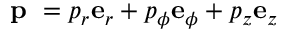
\mathrm { ~ \bf ~ p ~ } = p _ { r } { \bf e } _ { r } + p _ { \phi } { \bf e } _ { \phi } + p _ { z } { \bf e } _ { z }